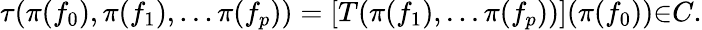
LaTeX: {\tau}({\pi}(f_{0}),{\pi}(f_{1}),...{\pi}(f_{p}))=[T({\pi}(f_{1}),...{\pi}(f_{p}))]({\pi}(f_{0})){\in}C.